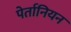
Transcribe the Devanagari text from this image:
पेर्तानियन